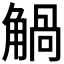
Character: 𧤐